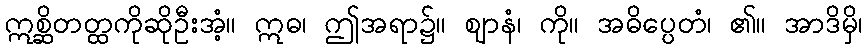
ဣစ္ဆိတတ္ထကိုဆိုဦးအံ့။ ဣဓ၊ ဤအရာ၌။ ဈာနံ၊ ကို။ အဓိပ္ပေတံ၊ ၏။ အာဒိမှိ၊